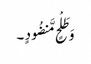
وَ طَلْحٍ مَّنضُودٍ ۔